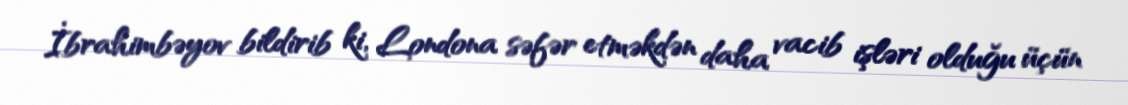
İbrahimbəyov bildirib ki, Londona səfər etməkdən daha vacib işləri olduğu üçün